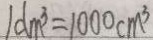
1 d m ^ { 3 } = 1 0 0 0 c m ^ { 3 }